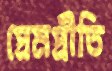
প্রেমপ্রীতি